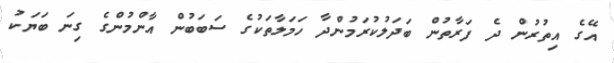
އޭގެ އިތުރުން ދެ ފަރާތުން ބަދަލުކުރަމުންދާ ހަމަލާތަކުގެ ސަބަބުން އާންމުންގެ ގިނަ ބަޔަކު